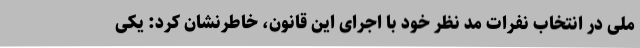
ملی در انتخاب نفرات مد نظر خود با اجرای این قانون، خاطرنشان کرد: یکی